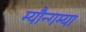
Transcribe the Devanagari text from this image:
म्यौन्गम्या